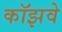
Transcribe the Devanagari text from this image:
कॉझवे